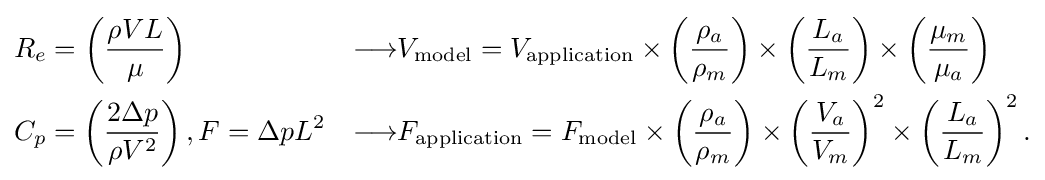
{\begin{aligned}&R_{e}=\left({\frac {\rho VL}{\mu }}\right)&\longrightarrow &V_{\text{model}}=V_{\text{application}}\times \left({\frac {\rho _{a}}{\rho _{m}}}\right)\times \left({\frac {L_{a}}{L_{m}}}\right)\times \left({\frac {\mu _{m}}{\mu _{a}}}\right)\\&C_{p}=\left({\frac {2\Delta p}{\rho V^{2}}}\right),F=\Delta pL^{2}&\longrightarrow &F_{\text{application}}=F_{\text{model}}\times \left({\frac {\rho _{a}}{\rho _{m}}}\right)\times \left({\frac {V_{a}}{V_{m}}}\right)^{2}\times \left({\frac {L_{a}}{L_{m}}}\right)^{2}.\end{aligned}}